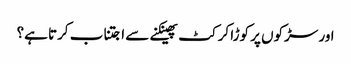
اور سڑکوں پر کوڑا کرکٹ پھینکنے سے اجتناب کرتا ہے؟